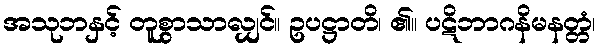
အသုဘနှင့် တူစွာသာလျှင်။ ဥပဋ္ဌာတိ၊ ၏။ ပဋိဘာဂနိမနတ္တံ၊